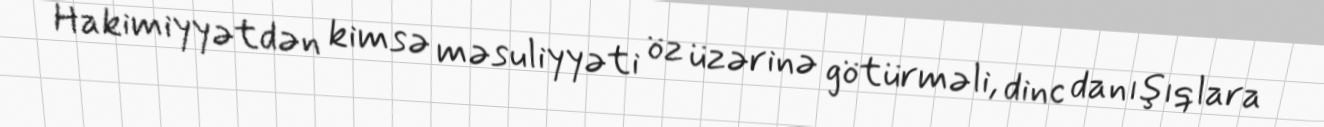
Hakimiyyətdən kimsə məsuliyyəti öz üzərinə götürməli, dinc danışıqlara